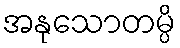
အနုသောတမ္ပိ